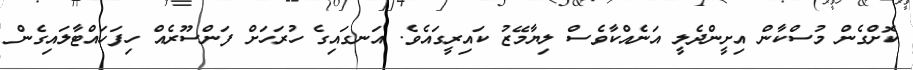
ކޮށްގެން މުސްކާން އިށީންދެލީ އަނެއްކާވެސް ލިޔާމޭޒު ކައިރީގައެވެ. އަނގައިގެ ހުރަހަށް ފަންސޫރެއް ހިފަހައްޓާލައިގެން